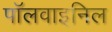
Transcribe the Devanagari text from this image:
पॉलवाइनिल